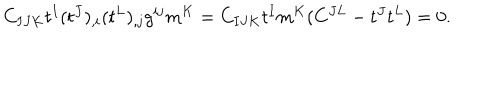
LaTeX: C _ { I J K } t ^ { I } ( t ^ { J } ) _ { , i } ( t ^ { L } ) _ { , j } g ^ { i j } m ^ { K } = C _ { I J K } t ^ { I } m ^ { K } ( C ^ { J L } - t ^ { J } t ^ { L } ) = 0 .